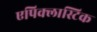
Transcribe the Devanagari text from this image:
एपिक्लास्टिक